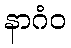
နာဂံဝ